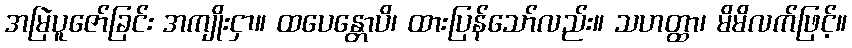
အမြဲပူဇော်ခြင်း အကျိုးငှာ။ ထပေန္တောပိ၊ ထားပြန်သော်လည်း။ သဟတ္ထာ၊ မိမိလက်ဖြင့်။